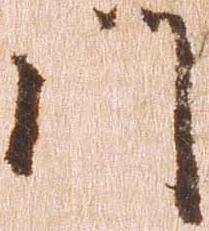
門